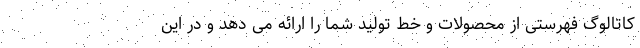
کاتالوگ فهرستی از محصولات و خط تولید شما را ارائه می دهد و در این